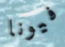
فيونا